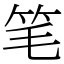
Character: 笔